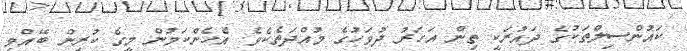
ކައުންސިލްތަކުގެ ދައުރަކީ ތިން އަހަރު ދުވަހުގެ މުއްދަތެކެވެ. އެހެންކަމުން މީގެ ކުރިން ބޭއްވި